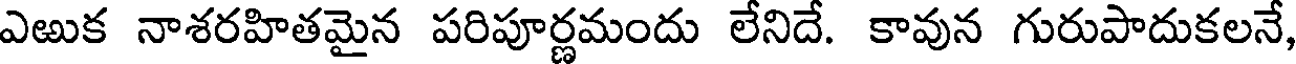
ఎఱుక నాశరహితమైన పరిపూర్ణమందు లేనిదే. కావున గురుపాదుకలనే,